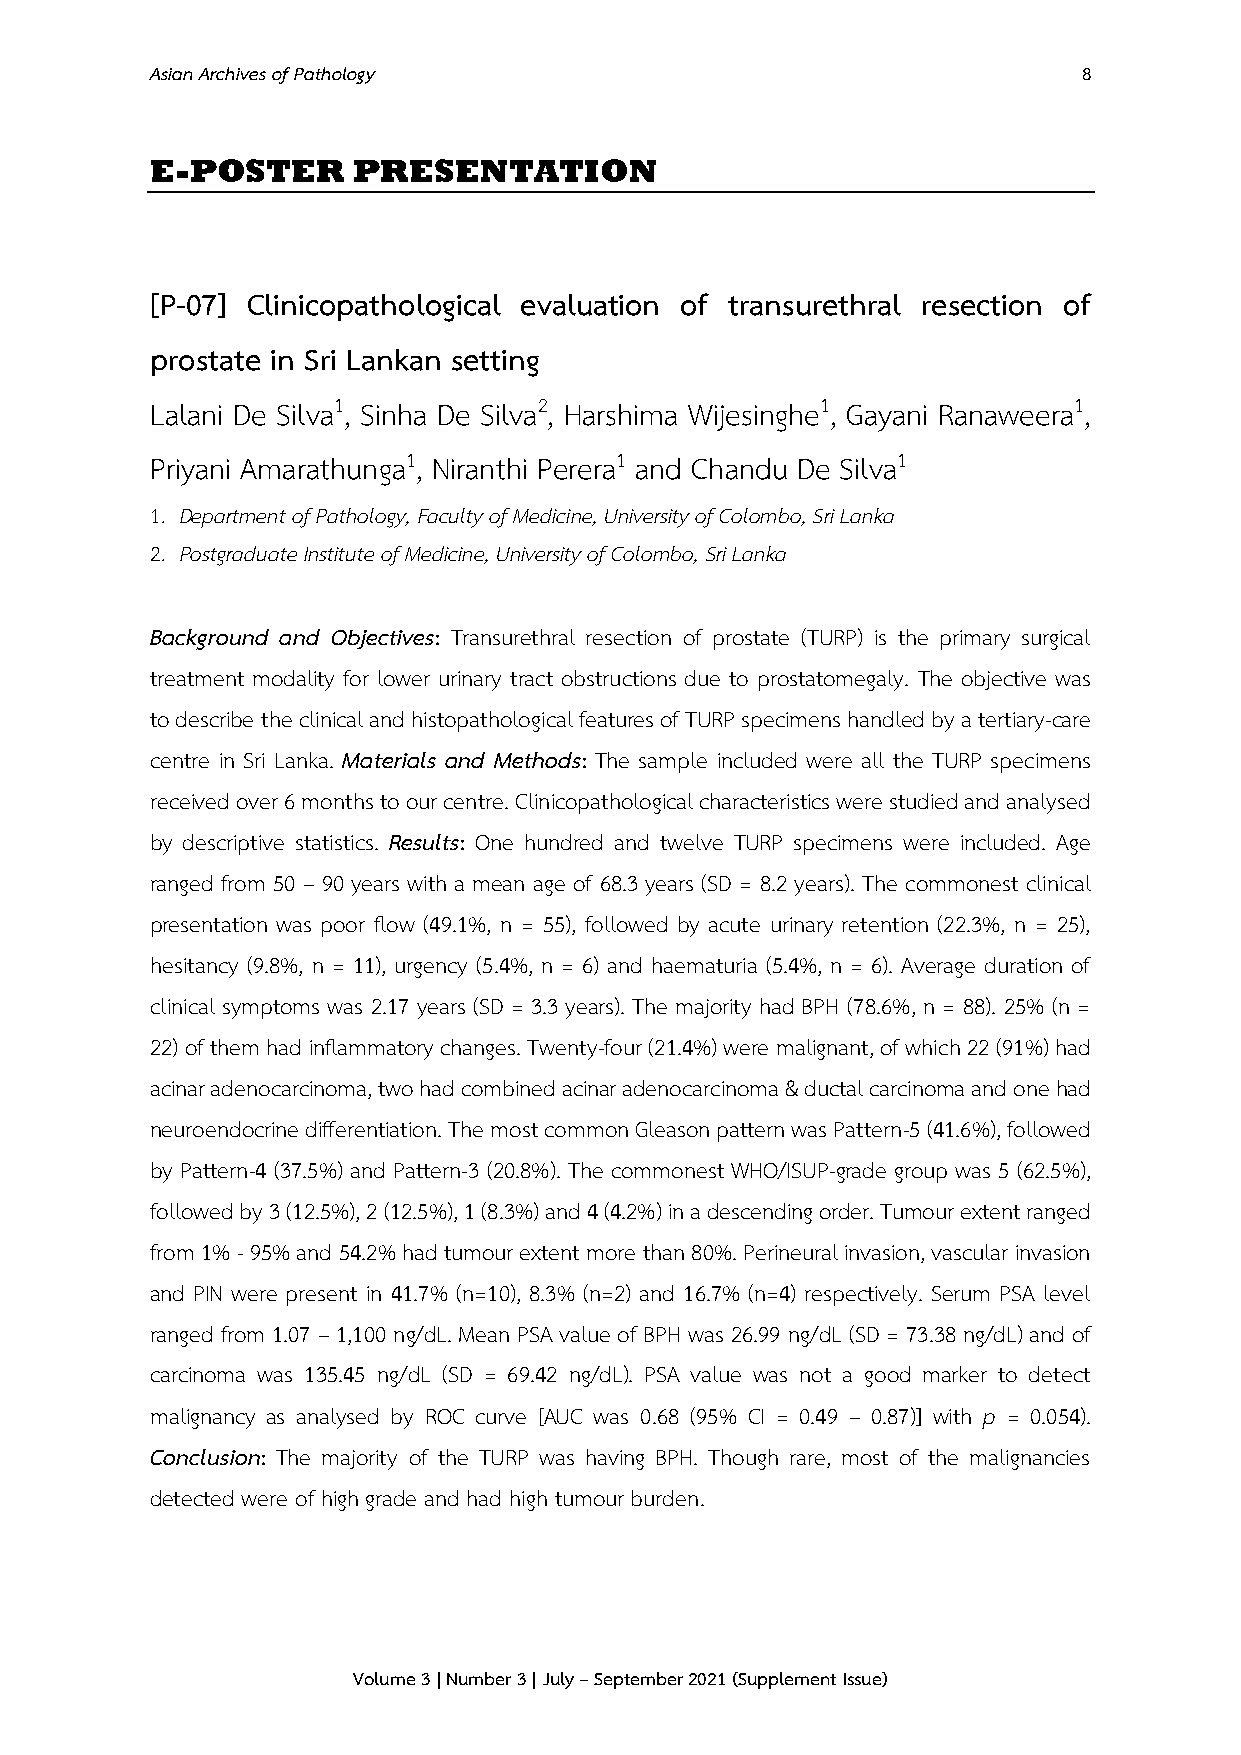
Asian Archives of Pathology                                   8
 E-POSTER     PRESENTATION
 [P-07] Clinicopathological evaluation of transurethral resection of
 prostate in Sri Lankan setting
 Lalani De Silva1, Sinha De Silva2, Harshima Wijesinghe1, Gayani Ranaweera1,
 Priyani Amarathunga1, Niranthi Perera1 and Chandu De Silva1
 1. Department of Pathology, Faculty of Medicine, University of Colombo, Sri Lanka
 2. Postgraduate Institute of Medicine, University of Colombo, Sri Lanka
 Background and Objectives: Transurethral resection of prostate (TURP) is the primary surgical
 treatment modality for lower urinary tract obstructions due to prostatomegaly. The objective was
 to describe the clinical and histopathological features of TURP specimens handled by a tertiary-care
 centre in Sri Lanka. Materials and Methods: The sample included were all the TURP specimens
 received over 6 months to our centre. Clinicopathological characteristics were studied and analysed
 by descriptive statistics. Results: One hundred and twelve TURP specimens were included. Age
 ranged from 50 – 90 years with a mean age of 68.3 years (SD = 8.2 years). The commonest clinical
 presentation was poor flow (49.1%, n = 55), followed by acute urinary retention (22.3%, n = 25),
 hesitancy (9.8%, n = 11), urgency (5.4%, n = 6) and haematuria (5.4%, n = 6). Average duration of
 clinical symptoms was 2.17 years (SD = 3.3 years). The majority had BPH (78.6%, n = 88). 25% (n =
 22) of them had inflammatory changes. Twenty-four (21.4%) were malignant, of which 22 (91%) had
 acinar adenocarcinoma, two had combined acinar adenocarcinoma & ductal carcinoma and one had
 neuroendocrine differentiation. The most common Gleason pattern was Pattern-5 (41.6%), followed
 by Pattern-4 (37.5%) and Pattern-3 (20.8%). The commonest WHO/ISUP-grade group was 5 (62.5%),
 followed by 3 (12.5%), 2 (12.5%), 1 (8.3%) and 4 (4.2%) in a descending order. Tumour extent ranged
 from 1% - 95% and 54.2% had tumour extent more than 80%. Perineural invasion, vascular invasion
 and PIN were present in 41.7% (n=10), 8.3% (n=2) and 16.7% (n=4) respectively. Serum PSA level
 ranged from 1.07 – 1,100 ng/dL. Mean PSA value of BPH was 26.99 ng/dL (SD = 73.38 ng/dL) and of
 carcinoma was 135.45 ng/dL (SD = 69.42 ng/dL). PSA value was not a good marker to detect
 malignancy as analysed by ROC curve [AUC was 0.68 (95% CI = 0.49 – 0.87)] with p = 0.054).
 Conclusion: The majority of the TURP was having BPH. Though rare, most of the malignancies
 detected were of high grade and had high tumour burden.
 Volume 3 | Number 3 | July – September 2021 (Supplement Issue)